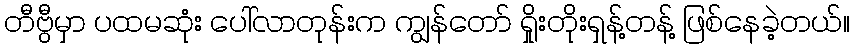
တီဗွီမှာ ပထမဆုံး ပေါ်လာတုန်းက ကျွန်တော် ရှိုးတိုးရှန့်တန့် ဖြစ်နေခဲ့တယ်။